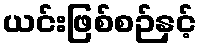
ယင်းဖြစ်စဉ်နှင့်